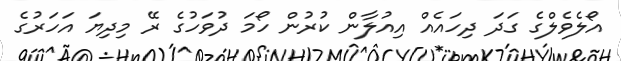
އޯލެވެލްގެ ގަދަ ދިހައެއް އިއުލާން ކުރުން ހޯމަ ދުވަހުގެ ރޭ މިދިޔަ އަހަރުގެ